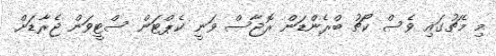
މި މެޗުގައި ވެސް ކޯޗު ބްރެންޑަން ރޮޖާސް ވަނީ ކެޕްޓަން ސްޓީވަން ޖެރާޑަށް